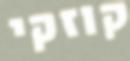
קוזקי